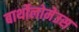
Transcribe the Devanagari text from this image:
बार्थोलोमेउस